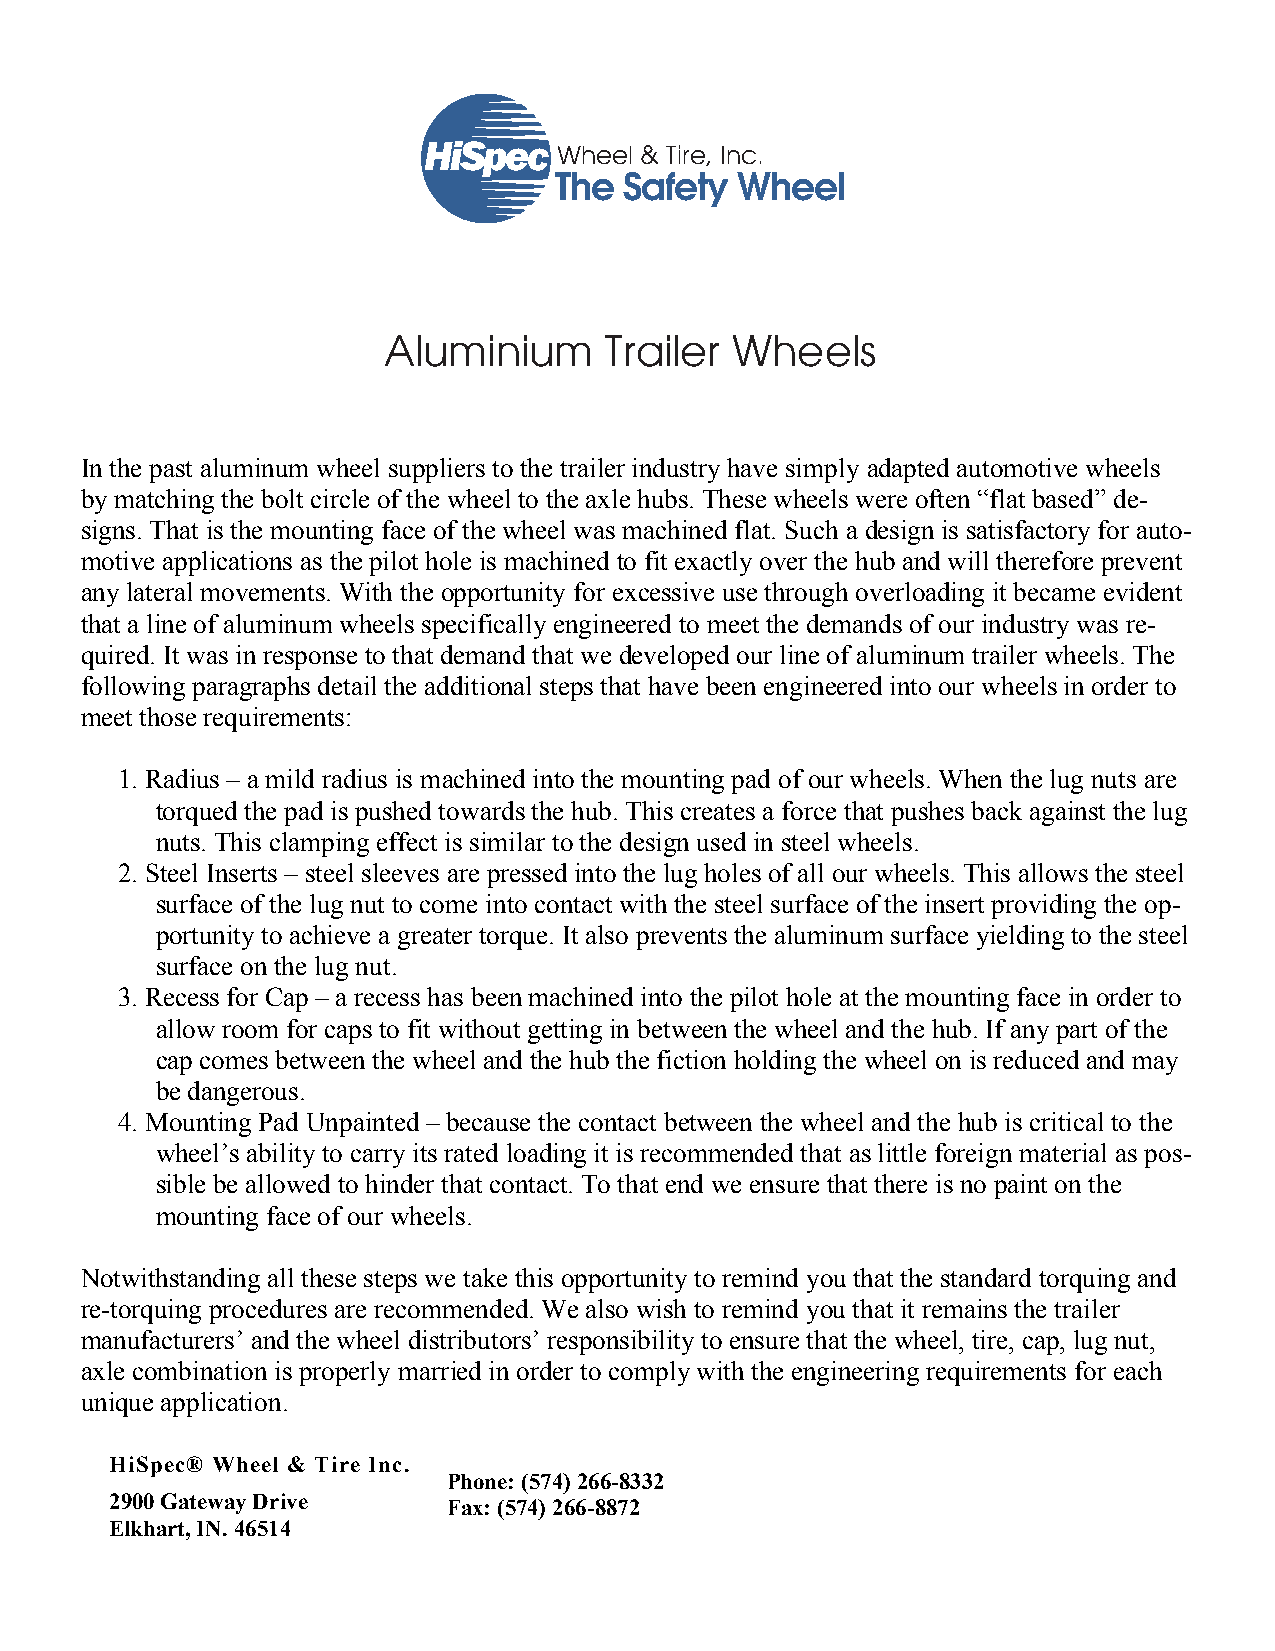
®
 HiSpHeicSp Weche We hl
 e
 &
 el &
 T Ti irr ee
 ,
 InI cn .c.
 The Safety  Wheel
 Aluminum          Trailer     Wheels
 Whatever it takes.
 Aluminium      Trailer Wheels
 August 16, 2004
 Aluminum  Trailer Wheels
 In the past aluminum wheel suppliers to the trailer industry have simply adapted automotive wheels
 by matching the bolt circle of the wheel to the axle hubs. These wheels were often “flat based” de-
 signs. That is the mounting face of the wheel was machined flat. Such a design is satisfactory for auto-
 motive applications as the pilot hole is machined to fit exactly over the hub and will therefore prevent
 any lateral movements. With the opportunity for excessive use through overloading it became evident
 that a line of aluminum wheels specifically engineered to meet the demands of our industry was re-
 quired. It was in response to that demand that we developed our line of aluminum trailer wheels. The
 following paragraphs detail the additional steps that have been engineered into our wheels in order to
 meet those requirements:
 1. Radius – a mild radius is machined into the mounting pad of our wheels. When the lug nuts are
 torqued the pad is pushed towards the hub. This creates a force that pushes back against the lug
 nuts. This clamping effect is similar to the design used in steel wheels.
 2. Steel Inserts – steel sleeves are pressed into the lug holes of all our wheels. This allows the steel
 surface of the lug nut to come into contact with the steel surface of the insert providing the op-
 portunity to achieve a greater torque. It also prevents the aluminum surface yielding to the steel
 surface on the lug nut.
 3. Recess for Cap – a recess has been machined into the pilot hole at the mounting face in order to
 allow room for caps to fit without getting in between the wheel and the hub. If any part of the
 cap comes between the wheel and the hub the fiction holding the wheel on is reduced and may
 be dangerous.
 4. Mounting Pad Unpainted – because the contact between the wheel and the hub is critical to the
 wheel’s ability to carry its rated loading it is recommended that as little foreign material as pos-
 sible be allowed to hinder that contact. To that end we ensure that there is no paint on the
 mounting face of our wheels.
 Notwithstanding all these steps we take this opportunity to remind you that the standard torquing and
 re-torquing procedures are recommended. We also wish to remind you that it remains the trailer
 manufacturers’ and the wheel distributors’ responsibility to ensure that the wheel, tire, cap, lug nut,
 axle combination is properly married in order to comply with the engineering requirements for each
 unique application.
 HiSpec® Wheel & Tire Inc.
 Phone: (574) 266-8332
 2900 Gateway Drive     Fax: (574) 266-8872
 Elkhart, IN. 46514